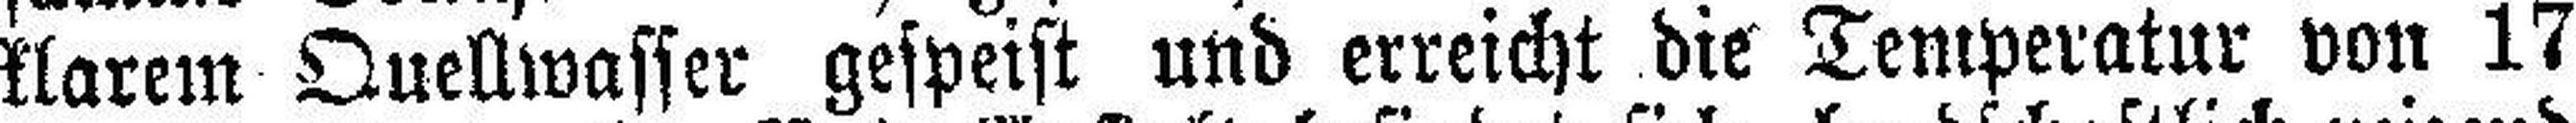
klarem Quellwasser gespeist und erreicht die Temperatur von 17